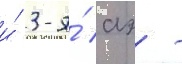
и́ 3-я́ аэ -